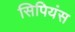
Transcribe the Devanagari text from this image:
सिपियंस